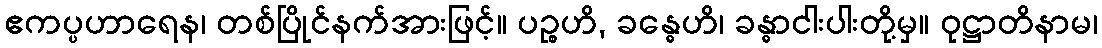
ဧကပ္ပဟာရေန၊ တစ်ပြိုင်နက်အားဖြင့်။ ပဉ္စဟိ, ခန္ဓေဟိ၊ ခန္ဓာငါးပါးတို့မှ။ ဝုဋ္ဌာတိနာမ၊